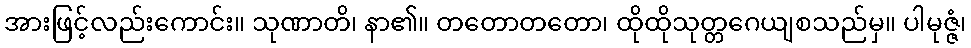
အားဖြင့်လည်းကောင်း။ သုဏာတိ၊ နာ၏။ တတောတတော၊ ထိုထိုသုတ္တဂေယျစသည်မှ။ ပါမုဇ္ဇံ၊